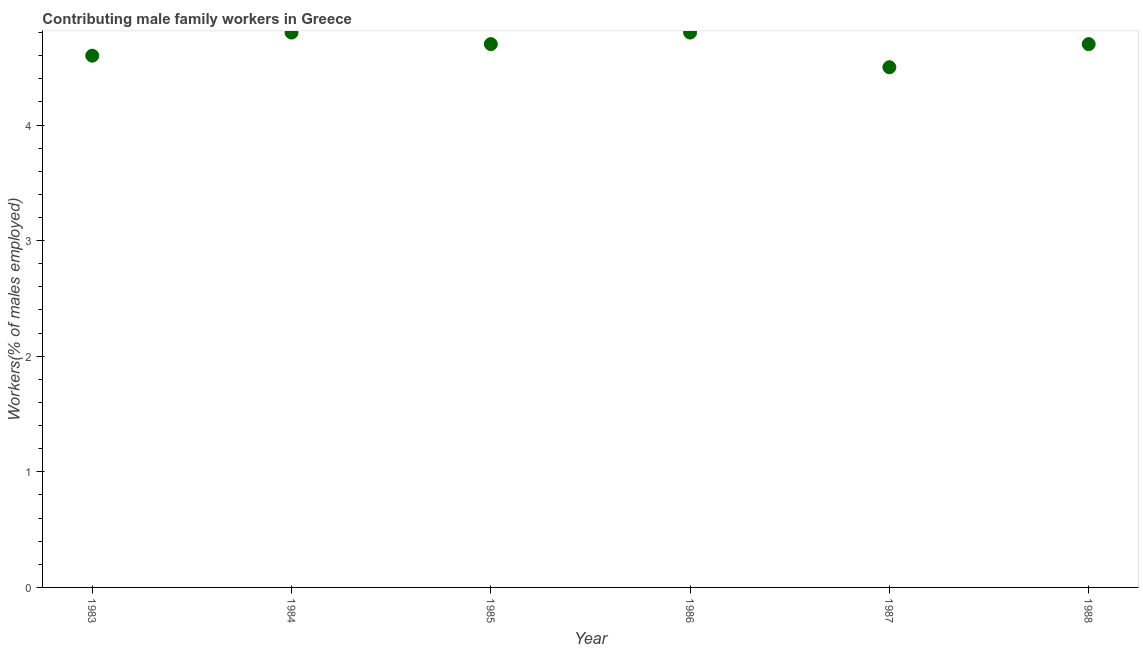
| Year | Contributing family workers |
 | --- | --- |
 | 1983 | 4.6 |
 | 1984 | 4.8 |
 | 1985 | 4.7 |
 | 1986 | 4.8 |
 | 1987 | 4.5 |
 | 1988 | 4.7 |